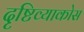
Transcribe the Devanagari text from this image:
दृष्टिव्याकोस